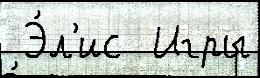
 Э́л'ис  Игры